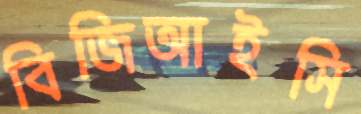
বিজিআইসি